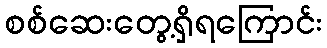
စစ်ဆေးတွေ့ရှိရကြောင်း